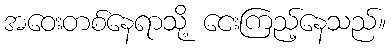
အဝေးတစ်နေရာသို့ ငေးကြည့်နေသည်။